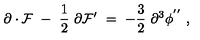
\partial \cdot { \cal F } \ - \ \frac { 1 } { 2 } \ \partial { \cal F } ^ { \prime } \ = \ - \frac { 3 } { 2 } \ \partial ^ { 3 } \phi ^ { ' ^ { \prime } } \ ,